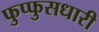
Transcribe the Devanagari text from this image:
फुप्फुसधारी